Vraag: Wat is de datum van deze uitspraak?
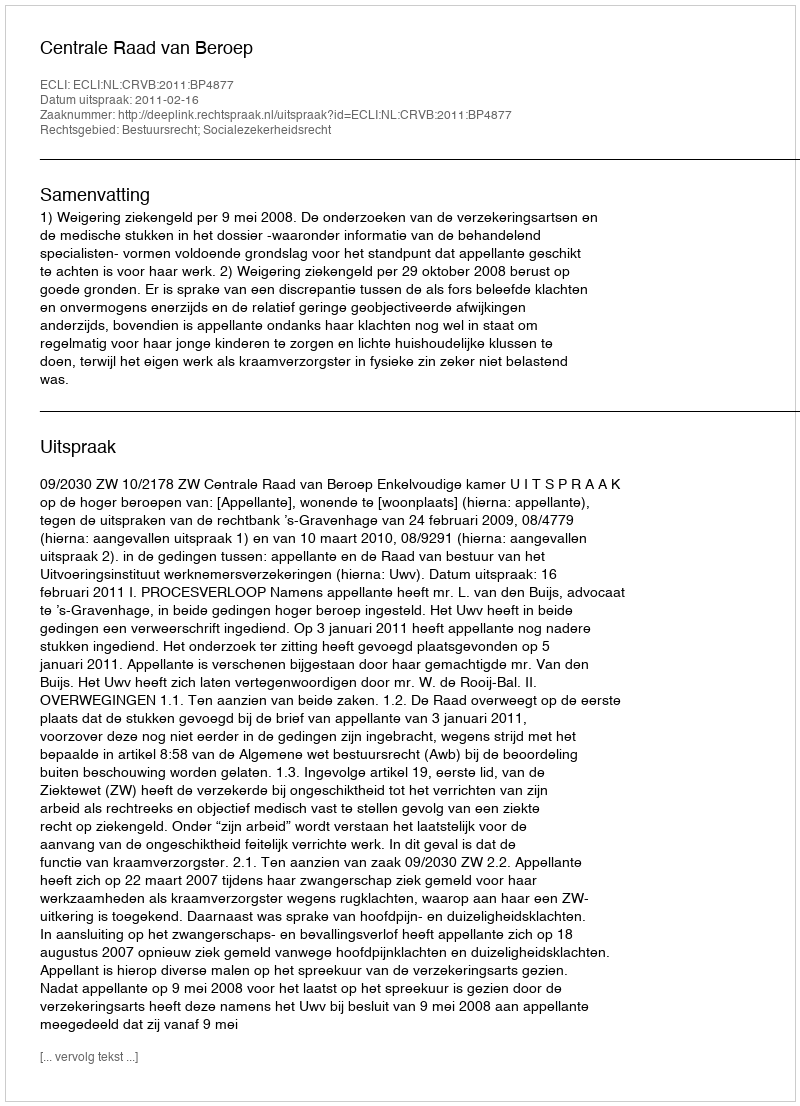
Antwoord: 2011-02-16